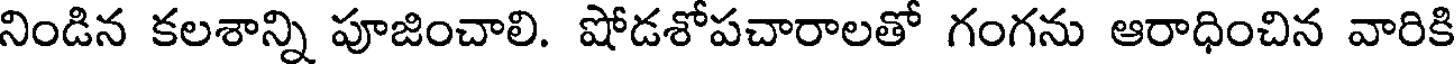
నిండిన కలశాన్ని పూజించాలి. షోడశోపచారాలతో గంగను ఆరాధించిన వారికి